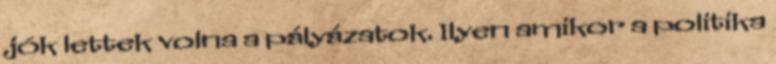
jók lettek volna a pályázatok. Ilyen amikor a politika